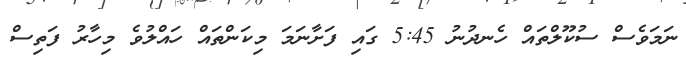
ނަމަވެސް ސުކޫލްތައް ހެނދުނު 5:45 ގައި ފަށާނަމަ މިކަންތައް ހައްލުވެ މިހާރު ފަތިސް